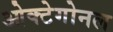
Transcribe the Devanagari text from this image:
ओक्टेगोनल